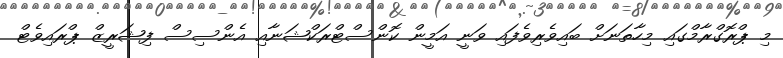
މި ޕްރޮގްރާމްގައި މިހާތަނަށް ބައިވެރިވެފައި ވަނީ އަމީން ކޮންސްޓްރަކްޝަނާއި އެންސިސް ފިޝަރީޒް ޕްރައިވެޓް